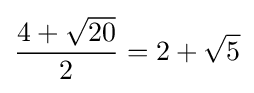
{\frac {4+{\sqrt {20}}}{2}}=2+{\sqrt {5}}